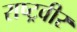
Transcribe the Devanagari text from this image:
राष्ट्रवीर